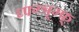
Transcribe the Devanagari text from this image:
घ्फ्ग्त्र्ग्फ्